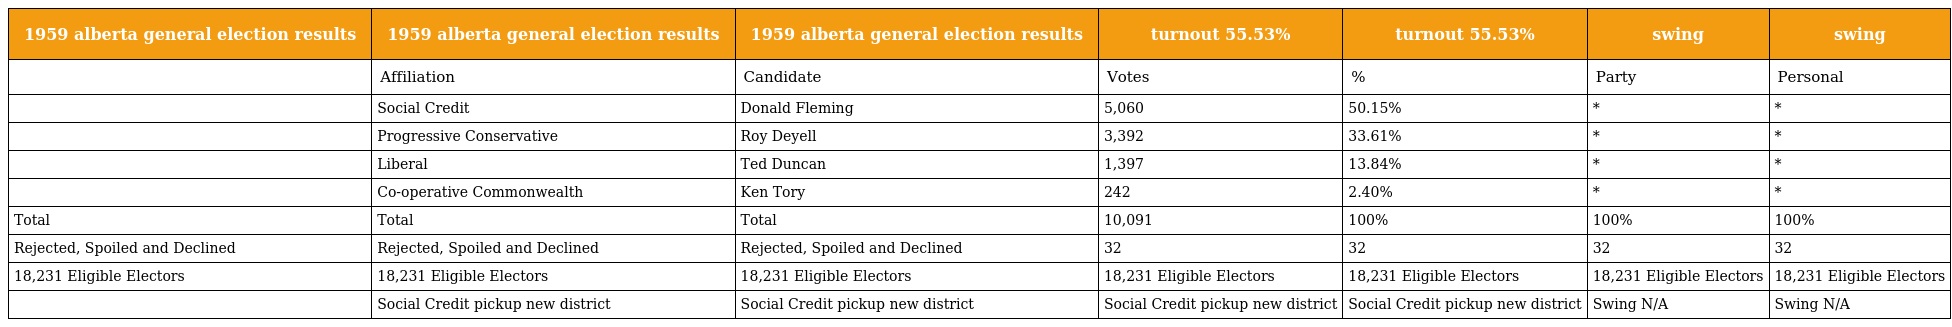
| 1959 alberta general election results | 1959 alberta general election results | 1959 alberta general election results | turnout 55.53% | turnout 55.53% | swing | swing |
 | --- | --- | --- | --- | --- | --- | --- |
 |  | Affiliation | Candidate | Votes | % | Party | Personal |
 |  | Social Credit | Donald Fleming | 5,060 | 50.15% | * | * |
 |  | Progressive Conservative | Roy Deyell | 3,392 | 33.61% | * | * |
 |  | Liberal | Ted Duncan | 1,397 | 13.84% | * | * |
 |  | Co-operative Commonwealth | Ken Tory | 242 | 2.40% | * | * |
 | Total | Total | Total | 10,091 | 100% | 100% | 100% |
 | Rejected, Spoiled and Declined | Rejected, Spoiled and Declined | Rejected, Spoiled and Declined | 32 | 32 | 32 | 32 |
 | 18,231 Eligible Electors | 18,231 Eligible Electors | 18,231 Eligible Electors | 18,231 Eligible Electors | 18,231 Eligible Electors | 18,231 Eligible Electors | 18,231 Eligible Electors |
 |  | Social Credit pickup new district | Social Credit pickup new district | Social Credit pickup new district | Social Credit pickup new district | Swing N/A | Swing N/A |